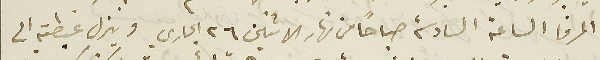
المرفا الساعة السادسة صباحًا من نهار الاثنين ٢٦ الجاري وينزل غبطته الى